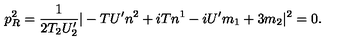
p _ { R } ^ { 2 } = \frac { 1 } { 2 T _ { 2 } U _ { 2 } ^ { \prime } } | - { T } U ^ { \prime } n ^ { 2 } + i { T } n ^ { 1 } - i U ^ { \prime } m _ { 1 } + 3 m _ { 2 } | ^ { 2 } = 0 .